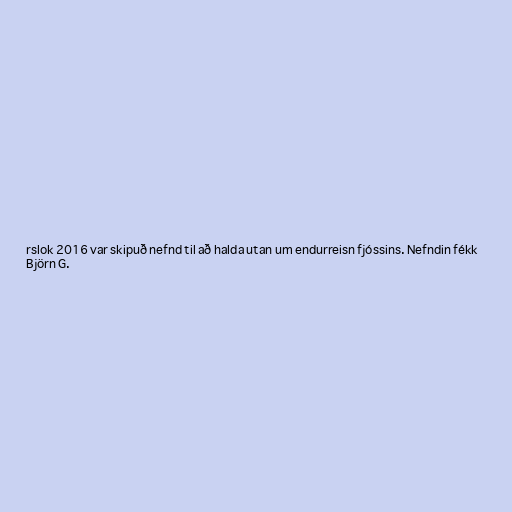
rslok 2016 var skipuð nefnd til að halda utan um endurreisn fjóssins. Nefndin fékk
Björn G.